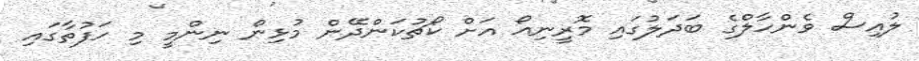
ލުއިސް ވެންހާލްގެ ބަދަލުގައި މޮރީނިއޯ އަށް ކޯޗުކަންދޭން މުޅިން ނިންމީ މި ހަފުތާގައި